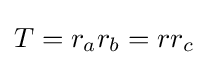
T=r_{a}r_{b}=rr_{c}